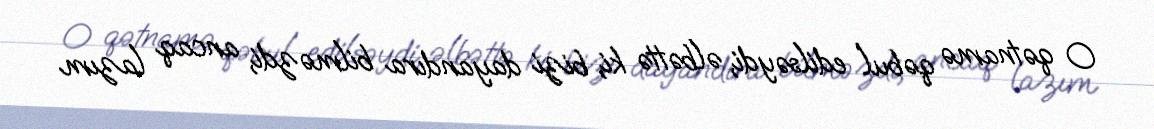
O qətnamə qəbul edilsəydi, əlbəttə ki, bizi dayandıra bilməzdi, ancaq lazım